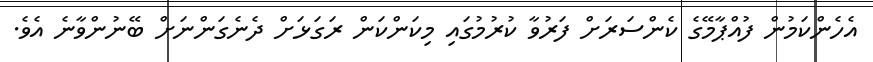
އެހެންކަމުން ފުއްޕާމޭގެ ކެންސަރަށް ފަރުވާ ކުރުމުގައި މިކަންކަން ރަގަޅަށް ދެނެގަންނަށް ބޭނުންވާނެ އެވެ.